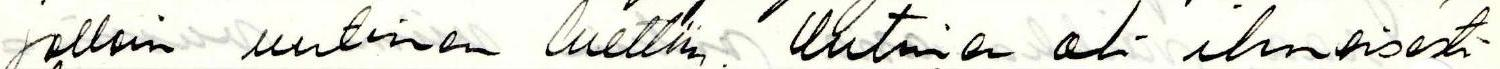
jolloin uutinen luettiin. Uutinen oli ilmeisesti